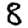
Digit: 8